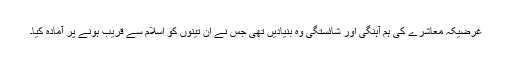
غرضیکہ معاشرے کی ہم آہنگی اور شائستگی وہ بنیادیں تھی جس نے ان تینوں کو اسلام سے قریب ہونے پر آمادہ کیا۔